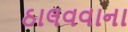
ઠાલવવાના